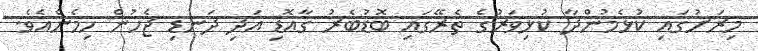
މިރަށުގައި ކުޅެމުންދާ ކުޅިވަރުގެ ތެރޭގައި ބޮޑުބެރު ގާއޮޑި އަދި ދަނޑި ޖެހުން ހިމެނެއެވެ.